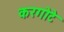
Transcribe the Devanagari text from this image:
करगोटे